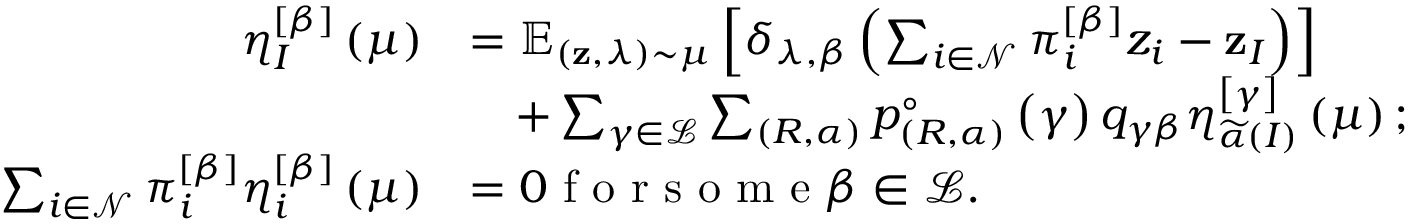
\begin{array} { r l } { \eta _ { I } ^ { \left[ \beta \right] } \left( \mu \right) } & { = \mathbb { E } _ { \left( \mathbf { z } , \lambda \right) \sim \mu } \left[ \delta _ { \lambda , \beta } \left( \sum _ { i \in \mathcal { N } } \pi _ { i } ^ { \left[ \beta \right] } z _ { i } - \mathbf { z } _ { I } \right) \right] } \\ & { \quad + \sum _ { \gamma \in \mathcal { L } } \sum _ { \left( R , \alpha \right) } p _ { \left( R , \alpha \right) } ^ { \circ } \left( \gamma \right) q _ { \gamma \beta } \eta _ { \widetilde { \alpha } \left( I \right) } ^ { \left[ \gamma \right] } \left( \mu \right) ; } \\ { \sum _ { i \in \mathcal { N } } \pi _ { i } ^ { \left[ \beta \right] } \eta _ { i } ^ { \left[ \beta \right] } \left( \mu \right) } & { = 0 \textrm { f o r s o m e } \beta \in \mathcal { L } . } \end{array}